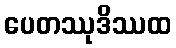
ပေတဿုဒိဿထ